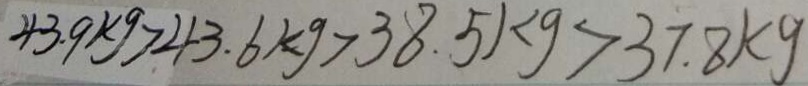
4 3 . 9 k g > 4 3 . 6 k 9 > 3 8 . 5 k g > 3 7 . 8 k g